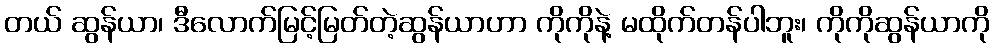
တယ် ဆွန်ယာ၊ ဒီလောက်မြင့်မြတ်တဲ့ဆွန်ယာဟာ ကိုကိုနဲ့ မထိုက်တန်ပါဘူး၊ ကိုကိုဆွန်ယာကို